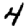
Digit: 4